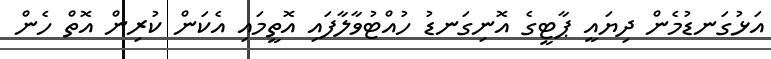
އަޅުގަނޑުމެން ދިޔައީ ޕާޓީގެ އޮނިގަނޑު ހުއްޓުވާލާފައި އޮތީމައި އެކަން ކުރިން އޮތް ހެން